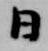
日